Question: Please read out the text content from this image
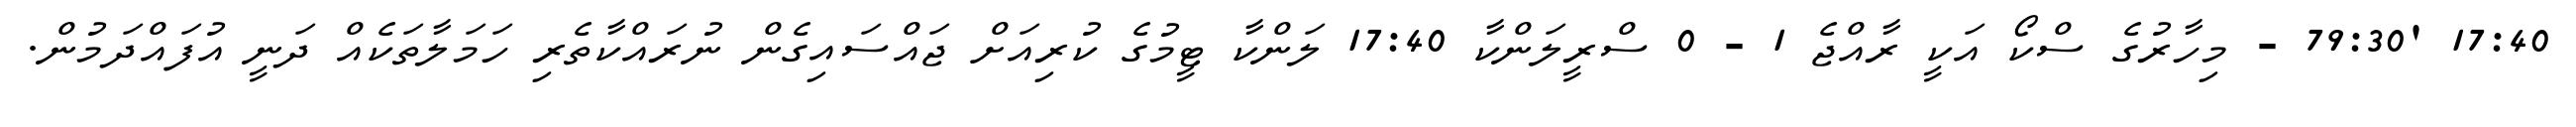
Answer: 17:40 '79:30 - މިހާރުގެ ސްކޯ އަކީ ރާއްޖެ 1 - 0 ސްރީލަންކާ 17:40 ލަންކާ ޓީމުގެ ކުރިއަށް ޖައްސައިގެން ނުރައްކާތެރި ހަމަލާތަކެއް ދަނީ އުފައްދަމުން.